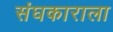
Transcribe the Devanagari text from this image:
संघकाराला